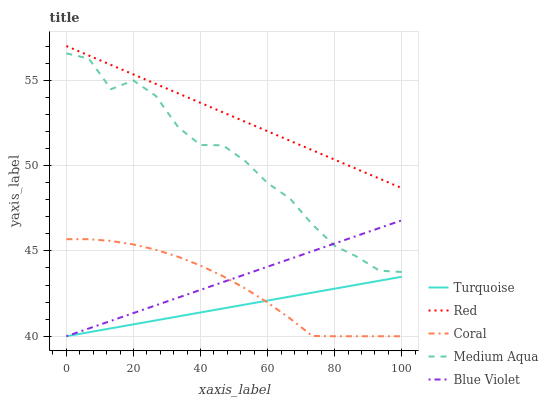
| xaxis_label | Turquoise | Red | Coral | Medium Aqua | Blue Violet |
 | --- | --- | --- | --- | --- | --- |
 | 0 | 40 | 57 | 45.7 | 56.6 | 40 |
 | 6.67 | 40.2 | 56.4 | 45.7 | 56.3 | 40.5 |
 | 13.3 | 40.5 | 55.9 | 45.6 | 54.5 | 40.9 |
 | 20 | 40.7 | 55.3 | 45.4 | 55 | 41.4 |
 | 26.7 | 40.9 | 54.8 | 45.1 | 54.1 | 41.8 |
 | 33.3 | 41.2 | 54.2 | 44.7 | 52.2 | 42.3 |
 | 40 | 41.4 | 53.7 | 44.1 | 51.2 | 42.7 |
 | 46.7 | 41.6 | 53.1 | 43.5 | 51.2 | 43.2 |
 | 53.3 | 41.9 | 52.6 | 42.8 | 50.3 | 43.6 |
 | 60 | 42.1 | 52 | 42 | 49 | 44.1 |
 | 66.7 | 42.3 | 51.5 | 41 | 48.1 | 44.5 |
 | 73.3 | 42.6 | 50.9 | 40 | 46.5 | 45 |
 | 80 | 42.8 | 50.3 | 40 | 45.3 | 45.4 |
 | 86.7 | 43 | 49.8 | 40 | 44.7 | 45.9 |
 | 93.3 | 43.3 | 49.2 | 40 | 43.8 | 46.3 |
 | 100 | 43.5 | 48.7 | 40 | 43.8 | 46.8 |